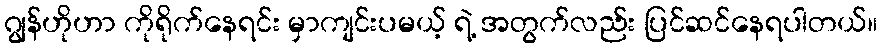
ဂျွန်ဟိုဟာ ကိုရိုက်နေရင်း မှာကျင်းပမယ့် ရဲ့ အတွက်လည်း ပြင်ဆင်နေရပါတယ်။